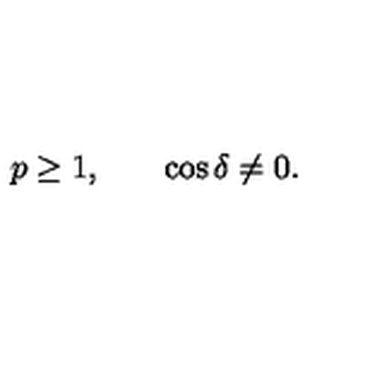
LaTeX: \begin{array} { c c c } { p \geq 1 , } & { } & { \cos { \delta } \neq 0 . } \\ \end{array}